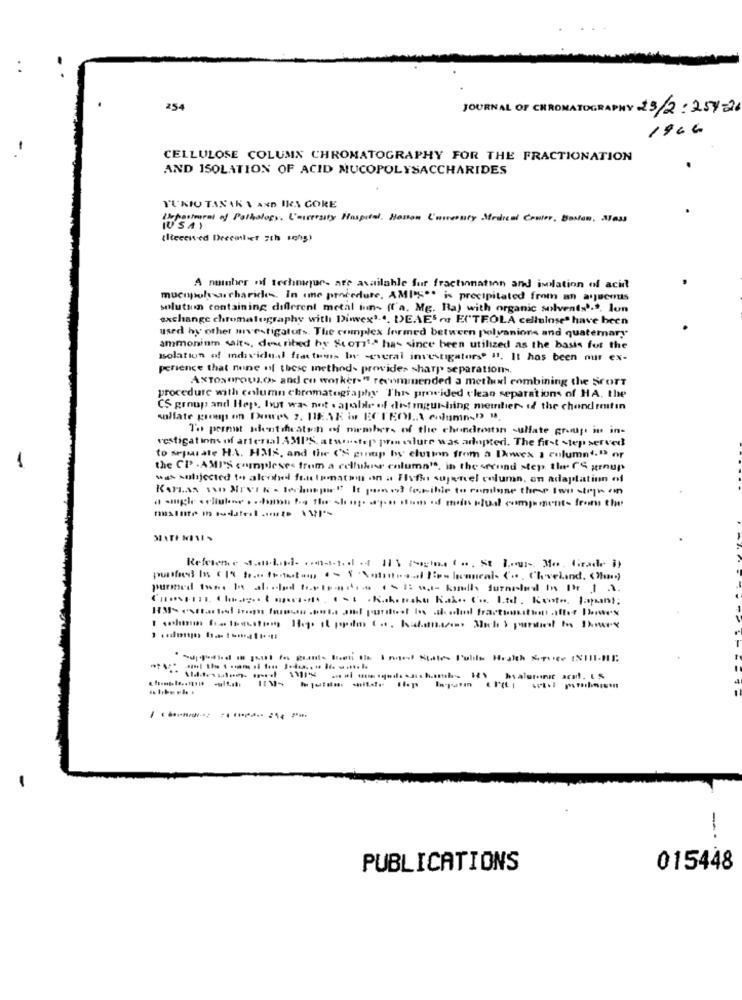
254
JOURNAL OF CHROMATOGR
23/2:254-26
1966
CELLULOSE COLUMN CHROMATOGRAPHY FOR THE FRACTIONATION
AND ISOLATION OF ACID MUCOPOLYSACCHARIDES
YUKIO TAN AK 1 AND IRA GORE
Ikepastoral of Pathology. L'mireraity Hospital. Honson 'minuty Medical Center, Baslow, Alass
(liecened Decemlet "th 1405)
A number of techmeur- are available for fractinnatinn and islation of acid
mucopolysacharich. In (me procedure, AMI'S ** is precipitated from an assenus
solution containing different metal inn- (l'a. Mg. Raj with organic solvents).2. lon
exchange chromatography with Dinex3 ... DEAE's ENTEOLA celluinse" have been
used by other mvestigators. The complex formed between polyanions and quatemary"
ammonium volts, described by Story"" has since been utilized as the basis for the
solation of individual frat toms by several investigators il. It has been nur ex-
perience that nine of these methods prewvides sharp separations.
AxToNOrowsos and co worker-" recommended a method combining the SCOTT
procedure with column chromatography This provided clean separations of HA, the
CS group and Hep, but was not . afulde of distingui-hing meintier- if the chondroitin
sulfate goes on Thewes 2. JENE is ECTEOLA Adamast .
To permit Identification of members of the chondrostan -ulfate group in in-
vestigations of arterial AMI'S, atwostep pren eure was adopted. The first step served
to separate HA. HMIS, and the CN group by clusion from a lawex a columnto or
the CP .AMI'S complexes from a celluker enluma", in the second step the CS group
was subjected to alcosted font tomatoin on a Fvfhu supercel column, on adaptation of
MATI MINI -
purmed twee Is al und setradio es ist- knuths furnished in Pt 1 1.
Supfound in just in grante Boet the I moet States Suble Health Spice INIII-DE
---
PUBLICATIONS
015448